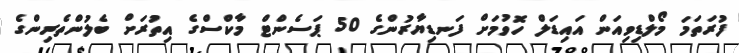
ފުރަތަމަ މޯލްޑިވިއަން އައިޑަލް ހޮވުމަށް ފަނޑިޔާރުންގެ 50 ޕަސެންޓް މާކްސްގެ އިތުރަށް ބެލުންތެރިންގެ